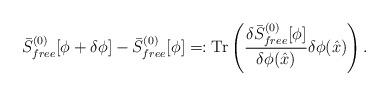
LaTeX: \begin{align*}\bar{S}^{(0)}_{free}[\phi+\delta\phi]- \bar{S}^{(0)}_{free}[\phi]=: \mathrm{Tr}\left({\delta \bar{S}^{(0)}_{free}[\phi] \over \delta\phi (\hat{x})} \delta\phi(\hat{x})\right).\end{align*}